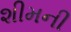
શીમની